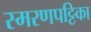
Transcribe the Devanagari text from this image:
स्मरणपट्टिका